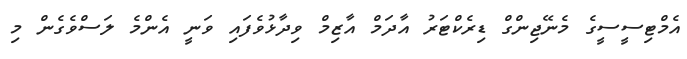
އެމްޓިސީސީގެ މެނޭޖިންގް ޑިރެކްޓަރު އާދަމް އާޒިމް ވިދާޅުވެފައި ވަނީ އެންމެ ލަސްވެގެން މި